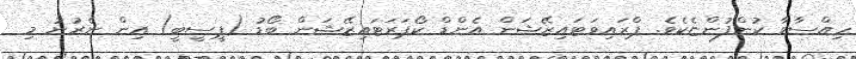
ހިއްސާވާ ކުންފުންޏެކެވެ. ޕްރައިވަޓައިޒޭޝަން އެންޑް ކޯޕަރަޓައިޒޭޝަން ބޯޑު (ޕީސީބީ) އިން ނެރުނު މި